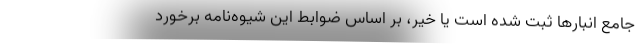
جامع انبارها ثبت شده است یا خیر، بر اساس ضوابط این شیوه‌نامه برخورد